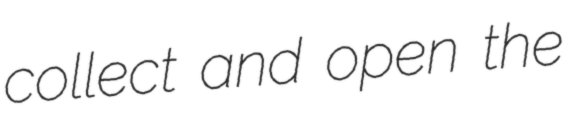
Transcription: collect and open the